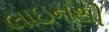
લાઇનથી